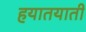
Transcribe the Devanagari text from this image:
हयातयाती